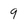
Character: 9